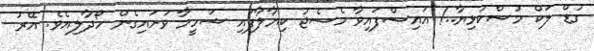
ގުޑް ލަކް މުސްކުޅިޔާ..! އައިސްފައިވާ މެސެޖު ކިޔާލާފައި ޝަހީމާ ވަށައިގެން ހޯދާލިއެވެ. އޭރު